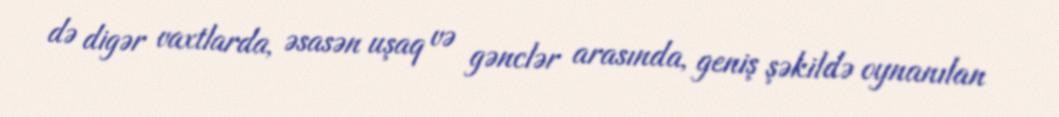
də digər vaxtlarda, əsasən uşaq və gənclər arasında, geniş şəkildə oynanılan